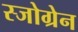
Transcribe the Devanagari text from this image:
स्जोग्रेन